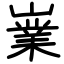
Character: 嶪